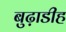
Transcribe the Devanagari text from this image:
बुढ़ाडीह